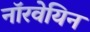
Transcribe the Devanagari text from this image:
नाॅरवेयिन